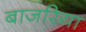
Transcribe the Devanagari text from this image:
बाजरिया